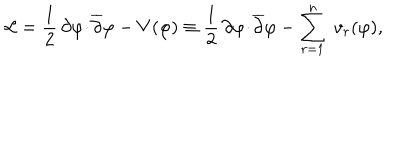
LaTeX: { \cal L } = \frac { 1 } { 2 } \, \partial \varphi \! \cdot \! { \overline { { \partial } } } \varphi - V ( \varphi ) \equiv \frac { 1 } { 2 } \, \partial \varphi \! \cdot \! { \overline { { \partial } } } \varphi - \sum _ { r = 1 } ^ { n } \; v _ { r } ( \varphi ) ,